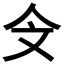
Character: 𣁁